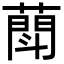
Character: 𦻶